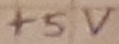
Text: +5V